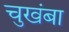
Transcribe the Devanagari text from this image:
चुखंबा